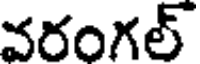
వరంగల్